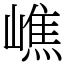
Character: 嶕